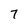
Character: 7